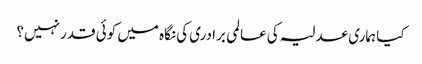
کیا ہماری عدلیہ کی عالمی برادری کی نگاہ میں کوئی قدر نہیں؟